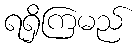
ရရှိကြမည်